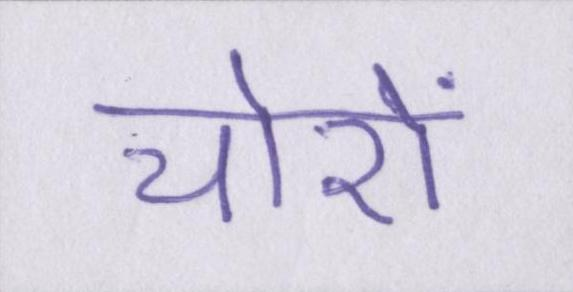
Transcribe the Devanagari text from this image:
चोरों